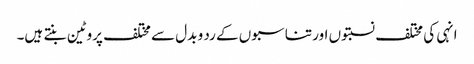
انہی کی مختلف نسبتوں اور تناسبوں کے رد و بدل سے مختلف پروٹین بنتے ہیں۔